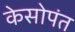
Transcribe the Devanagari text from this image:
केसोपंत